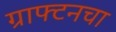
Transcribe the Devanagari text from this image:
ग्राफ्टनचा